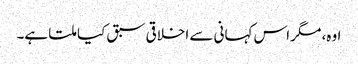
اوہ، مگر اس کہانی سے اخلاقی سبق کیا ملتا ہے۔